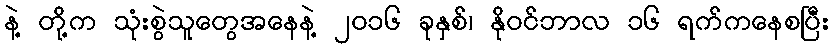
နဲ့ တို့က သုံးစွဲသူတွေအနေနဲ့ ၂၀၁၆ ခုနှစ်၊ နိုဝင်ဘာလ ၁၆ ရက်ကနေစပြီး